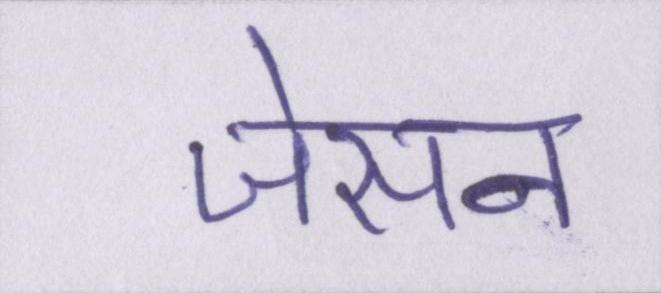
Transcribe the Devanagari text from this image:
जेसन